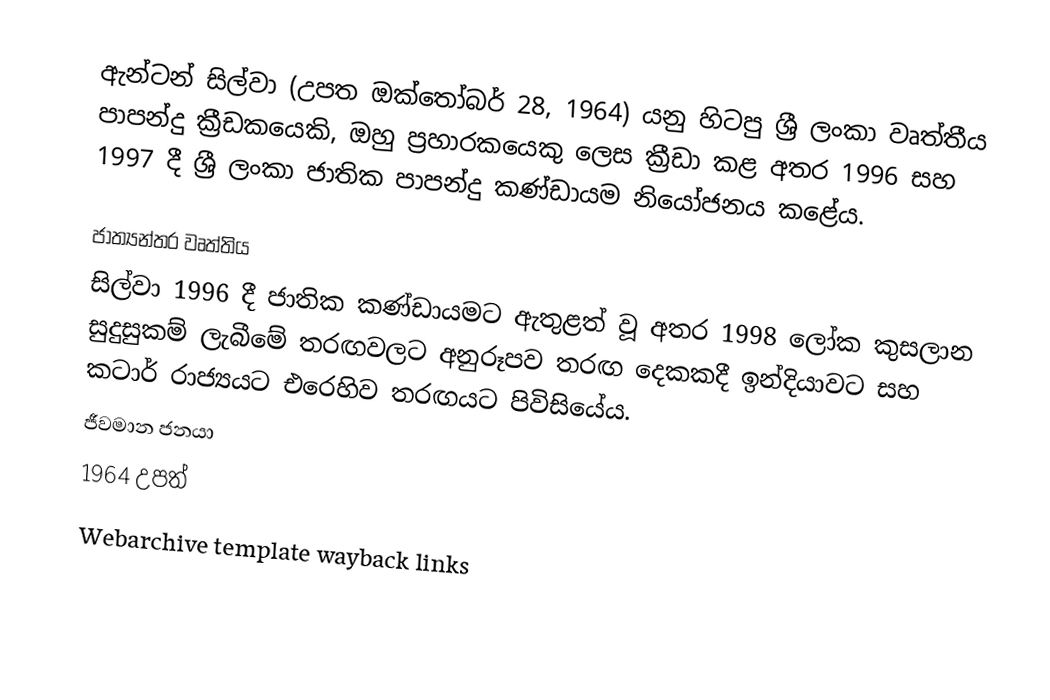
ඇන්ටන් සිල්වා (උපත ඔක්තෝබර් 28, 1964) යනු හිටපු ශ්‍රී ලංකා වෘත්තීය පාපන්දු ක්‍රීඩකයෙකි, ඔහු ප්‍රහාරකයෙකු ලෙස ක්‍රීඩා කළ අතර 1996 සහ 1997 දී ශ්‍රී ලංකා ජාතික පාපන්දු කණ්ඩායම නියෝජනය කළේය.

ජාත්‍යන්තර වෘත්තිය
සිල්වා 1996 දී ජාතික කණ්ඩායමට ඇතුළත් වූ අතර 1998 ලෝක කුසලාන සුදුසුකම් ලැබීමේ තරඟවලට අනුරූපව තරඟ දෙකකදී ඉන්දියාවට සහ කටාර් රාජ්‍යයට එරෙහිව තරඟයට පිවිසියේය.
ජීවමාන ජනයා
1964 උපත්
Webarchive template wayback links